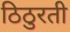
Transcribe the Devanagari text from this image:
ठिठुरती